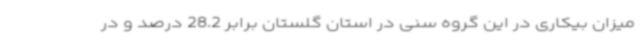
میزان بیکاری در این گروه سنی در استان گلستان برابر 28.2 درصد و در